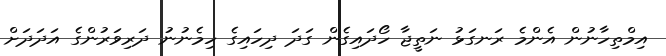
އިމްތިހާނުން އެންމެ ރަނގަޅު ނަތީޖާ ހޯދައިގެން ގަދަ ދިހައިގެ ހިމެނުނު ދަރިވަރުންގެ އަދަދަށް